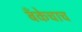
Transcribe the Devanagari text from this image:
बँकेचाच